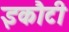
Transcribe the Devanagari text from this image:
इकौटी